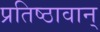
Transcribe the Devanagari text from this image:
प्रतिष्ठावान्